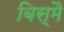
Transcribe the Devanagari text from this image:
बिस्मै